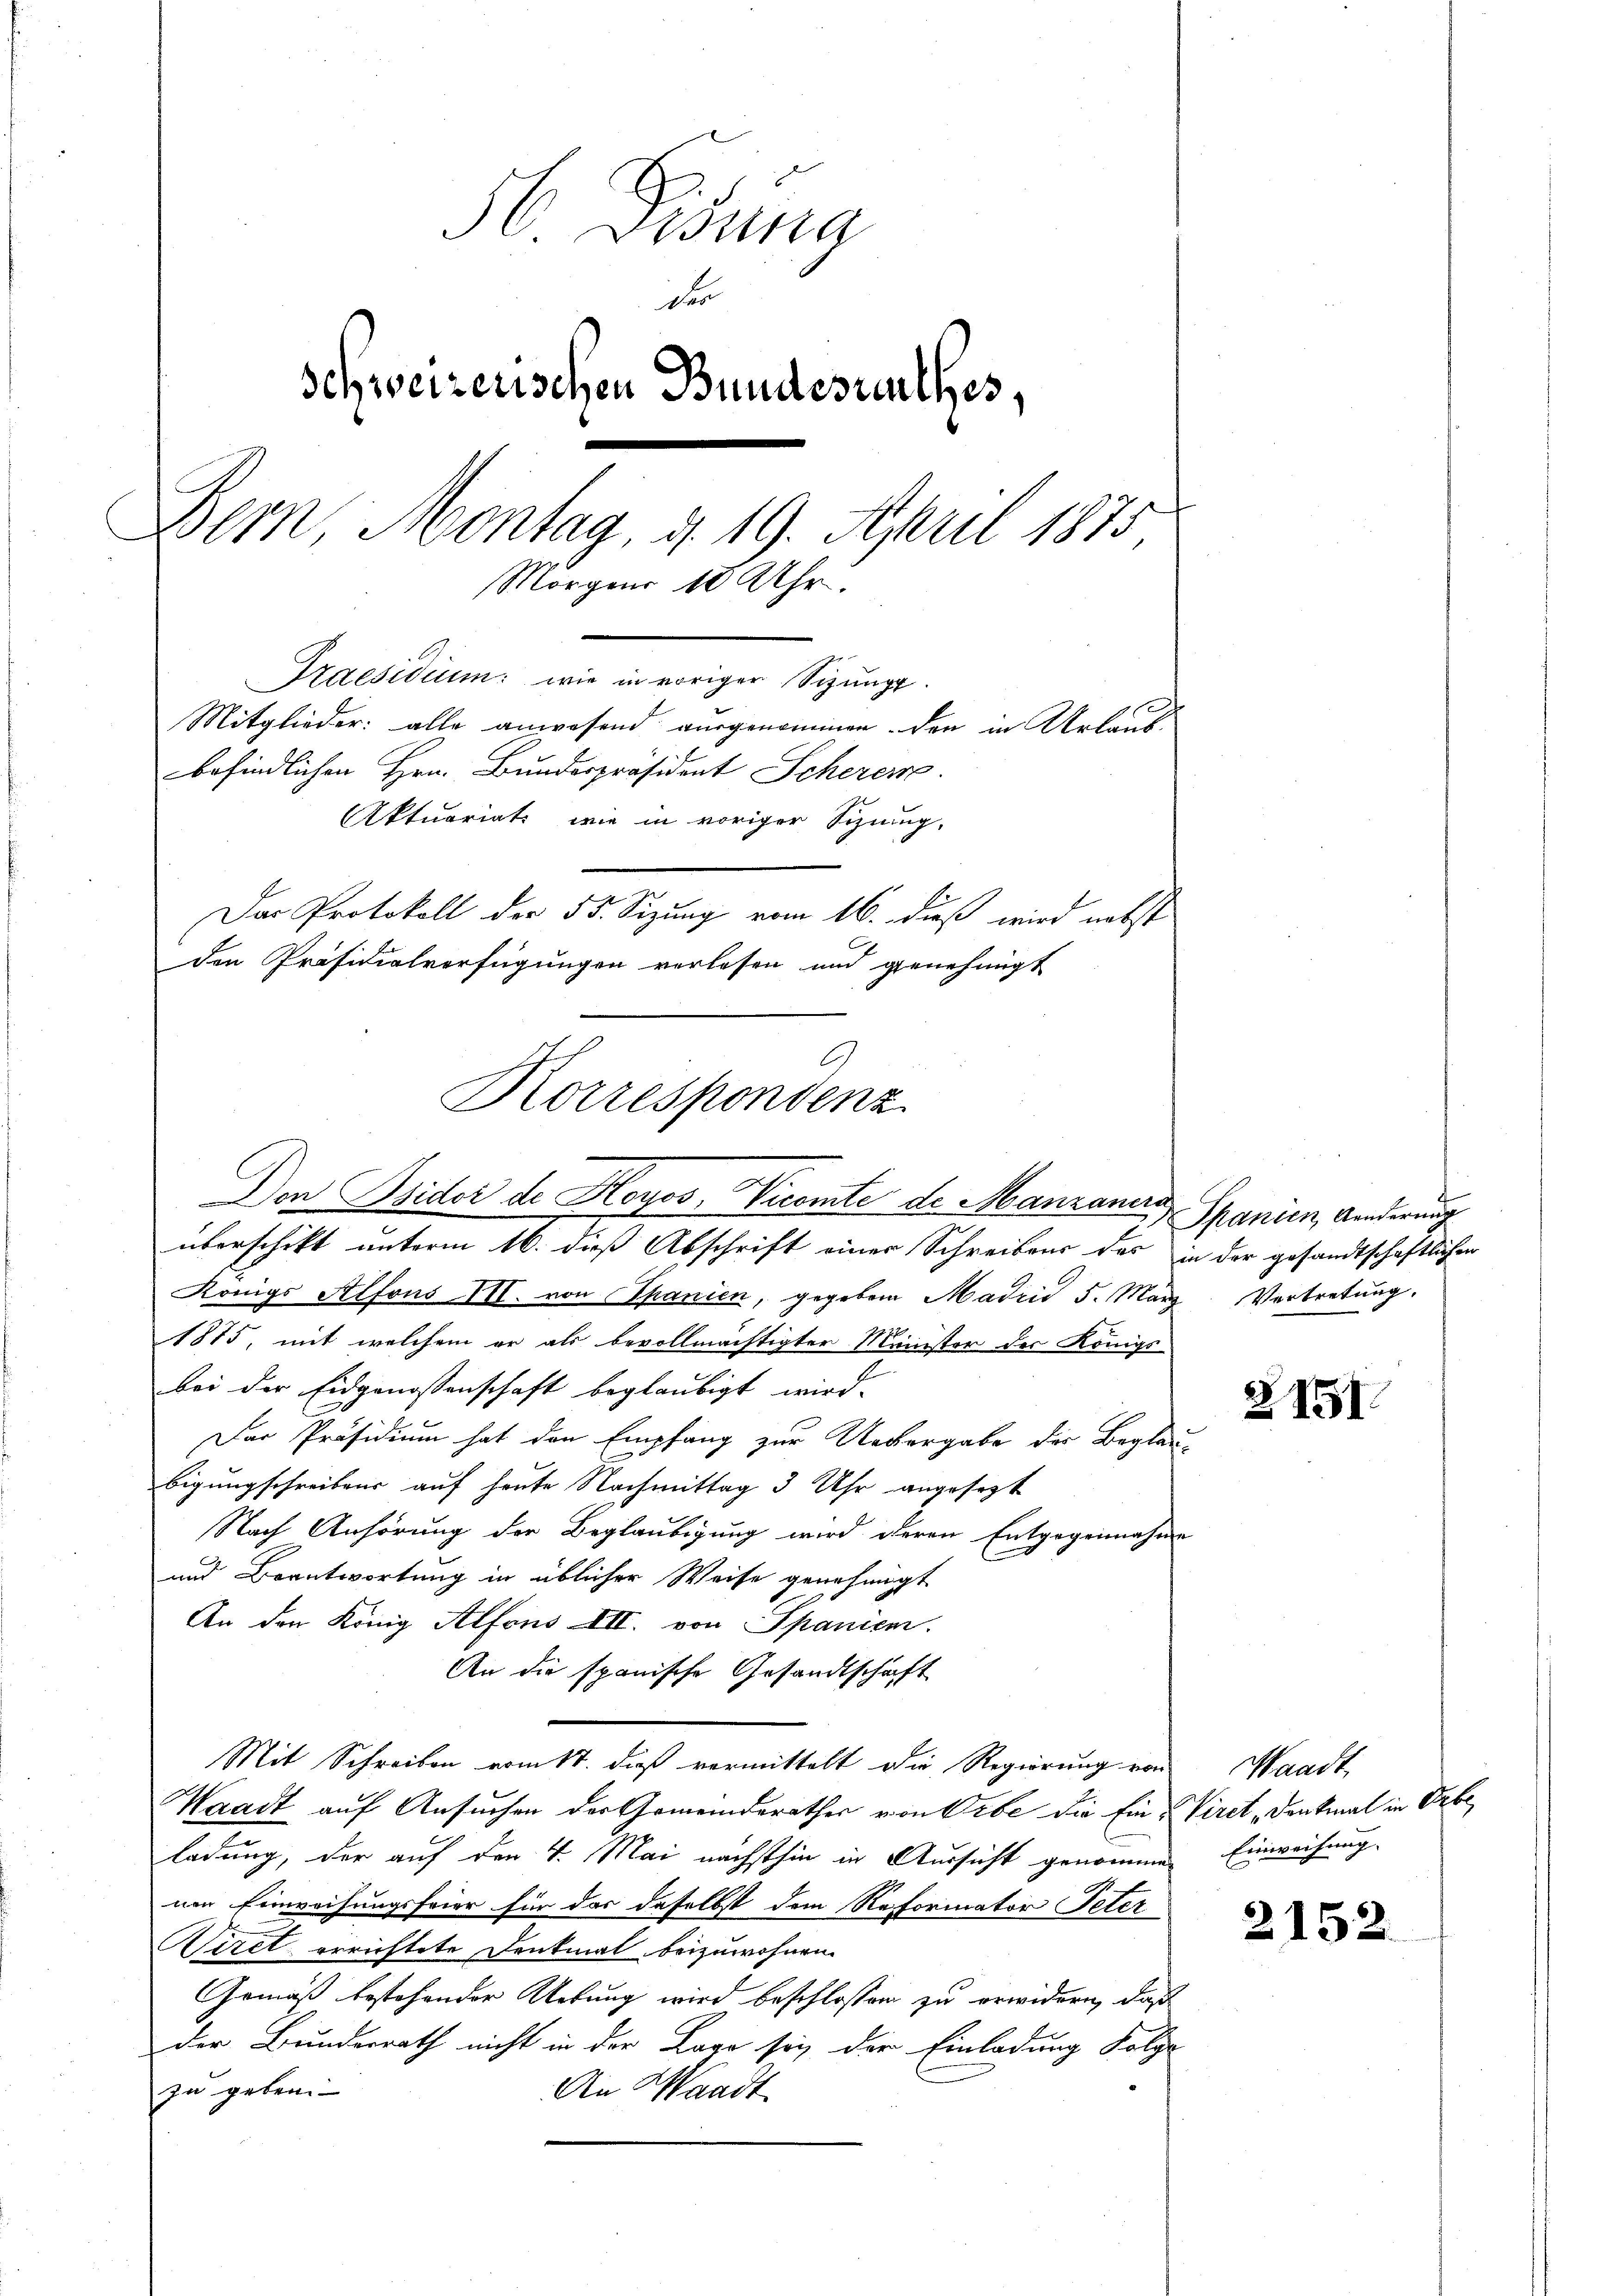
56. Disena
Der
Schweizerischen Bundesrathes,
Bern, Montag, d. 19. April 1875
Morgens 10 Uhr.
Praesidium: wie in voriger Sizung.
Mitglieder: alle anwesend ausgenommen. den in Urlaub
befindlichen Hrn. Bundespräsident Scherer
Aktuariats, wie in voriger Schmug-
Der Protokoll der Dr. Sitzung vom 16. dieß wird nebst
den Präsidialverfügungen verlesen und genehmigt

Korrespondenz
Den Bsidor de Hoyoo, Vicomte de Manzanes Spanien, Anderung

überschikt unterm 16. dieß Abschrift einer Schreibens des in der gesandtschaftlichen
Königs Alfons III. von Spanien, gegeben Madrid 5. März. Vertretŭng.
1875, mit welchem er als bevollmächtigter Meister der Königs-
2
bei der Eidgenossenschaft beglaubigt wird.
Der Präsidium hat den Empfang zur Uebergabe des Beglau-
bigungschreibens auf heute Nachmittag 3 Uhr angesetzt
Nach Anhörung der Beglaubigung wird deren Entgegennahme
und Beantwortung in üblicher Weise genehmigt
An den König Alfons III. von Spanien.
An die spanische Gesandtschaft
Mit Schreiben vom 11. dieß vermittelt die Regierung von
Waadt auf Ansuchen der Gemeinderathes von Orbe die Ein Viret Denkmal in Erbe
ladung, der auf den 4. Mai nächsthin in Aussicht genommen
nen Einweisungsfeier für das daselbst dem Reformator Peter
Wiret errichtete Denkmal beizuwohnen.
Gemäß bestehender Uebung wird beschlossen zu erwidern, daß
der Bundesrath nicht in der Lage sey der Einladung Folge
zu geben.
An Waadt

2751

Waadt
Einweihung. |

2152